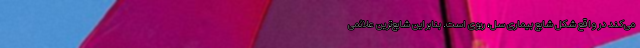
می‌کند در واقع شکل شایع بیماری سل، ریوی است. بنابراین شایع‌ترین علائمی